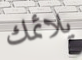
يلائمك